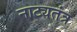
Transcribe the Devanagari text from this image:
नाट्यतंत्र